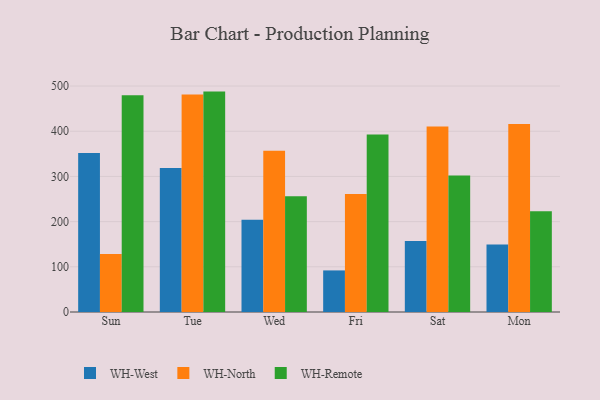
{"axis": {"x": "Day", "y": "Operating Costs (USD K)"}, "legend": ["WH-North", "WH-Remote", "WH-West"], "data": [{"x": "Sun", "y": 351.6, "type": "WH-West"}, {"x": "Sun", "y": 128.6, "type": "WH-North"}, {"x": "Sun", "y": 479.4, "type": "WH-Remote"}, {"x": "Tue", "y": 318.4, "type": "WH-West"}, {"x": "Tue", "y": 481.1, "type": "WH-North"}, {"x": "Tue", "y": 487.7, "type": "WH-Remote"}, {"x": "Wed", "y": 204.0, "type": "WH-West"}, {"x": "Wed", "y": 357.0, "type": "WH-North"}, {"x": "Wed", "y": 256.3, "type": "WH-Remote"}, {"x": "Fri", "y": 92.0, "type": "WH-West"}, {"x": "Fri", "y": 261.1, "type": "WH-North"}, {"x": "Fri", "y": 392.8, "type": "WH-Remote"}, {"x": "Sat", "y": 157.2, "type": "WH-West"}, {"x": "Sat", "y": 410.5, "type": "WH-North"}, {"x": "Sat", "y": 302.2, "type": "WH-Remote"}, {"x": "Mon", "y": 149.2, "type": "WH-West"}, {"x": "Mon", "y": 416.1, "type": "WH-North"}, {"x": "Mon", "y": 222.8, "type": "WH-Remote"}]}